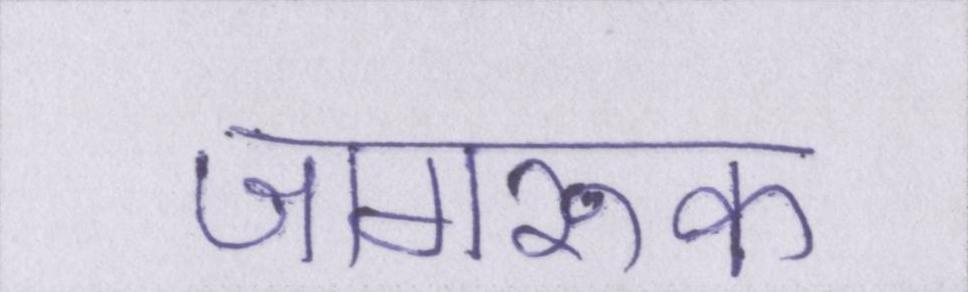
जागरूक